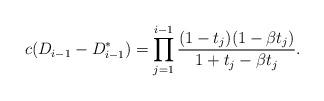
LaTeX: \begin{align*} c(D_{i-1}-D_{i-1}^*) = \prod_{j=1}^{i-1} \frac{(1-t_j)(1-\beta t_j)}{1+t_j-\beta t_j}.\end{align*}